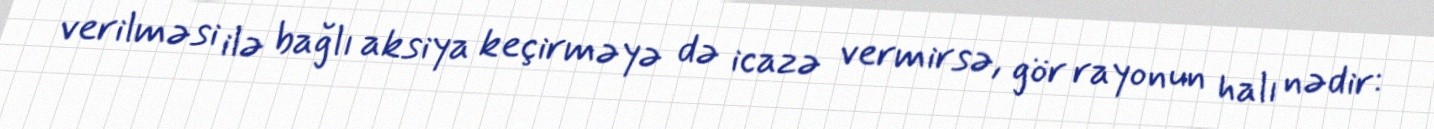
verilməsi ilə bağlı aksiya keçirməyə də icazə vermirsə, gör rayonun halı nədir: